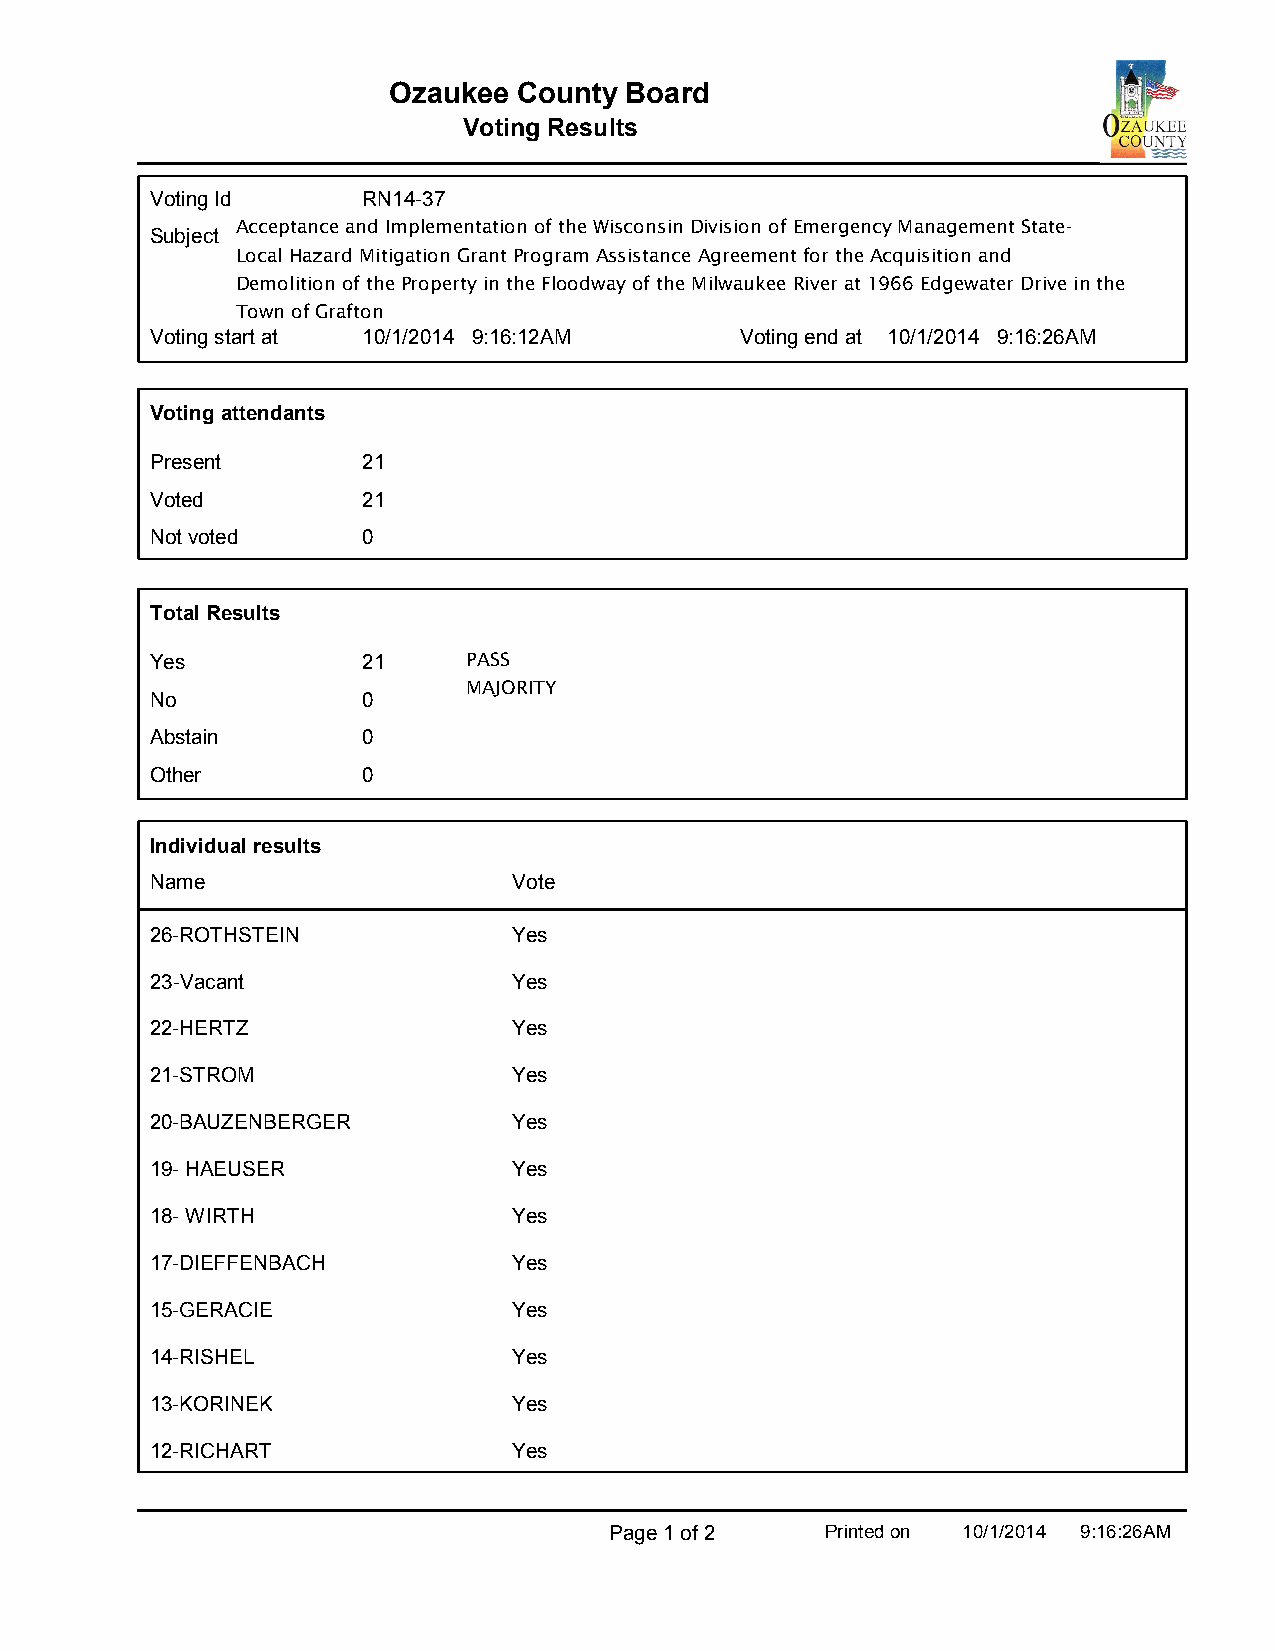
Ozaukee County Board
 Voting Results
 Voting Id     RN14-37
 Subject
 Voting start at 10/1/2014 9:16:12AM    Voting end at 10/1/2014 9:16:26AM
 Voting attendants
 Present       21
 Voted         21
 Not voted     0
 Total Results
 Yes           21
 No            0
 Abstain       0
 Other         0
 Individual results
 Name                    Vote
 26-ROTHSTEIN            Yes
 23-Vacant               Yes
 22-HERTZ                Yes
 21-STROM                Yes
 20-BAUZENBERGER         Yes
 19- HAEUSER             Yes
 18- WIRTH               Yes
 17-DIEFFENBACH          Yes
 15-GERACIE              Yes
 14-RISHEL               Yes
 13-KORINEK              Yes
 12-RICHART              Yes
 Page 1 of 2    Printed on 10/1/2014 9:16:26AM